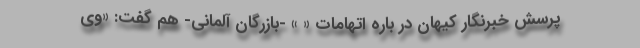
پرسش خبرنگار کیهان در باره اتهامات « » -بازرگان آلمانی- هم گفت: «وی